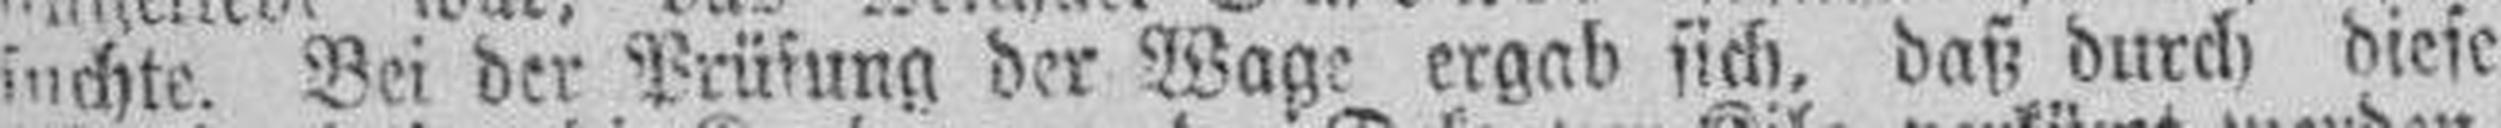
suchte. Bei der Prüfung der Wage ergab sich, daß durch diese